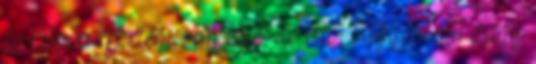
és hűvös érzetem van tőle, de ettől függetlenül vagy